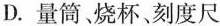
D.量筒。烧杯、刻度尺